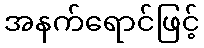
အနက်ရောင်ဖြင့်